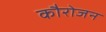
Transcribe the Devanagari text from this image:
कौरोजन